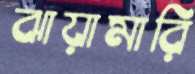
ঝায়ামারি